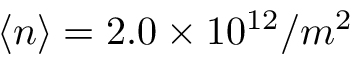
\langle n \rangle = 2 . 0 \times 1 0 ^ { 1 2 } / m ^ { 2 }